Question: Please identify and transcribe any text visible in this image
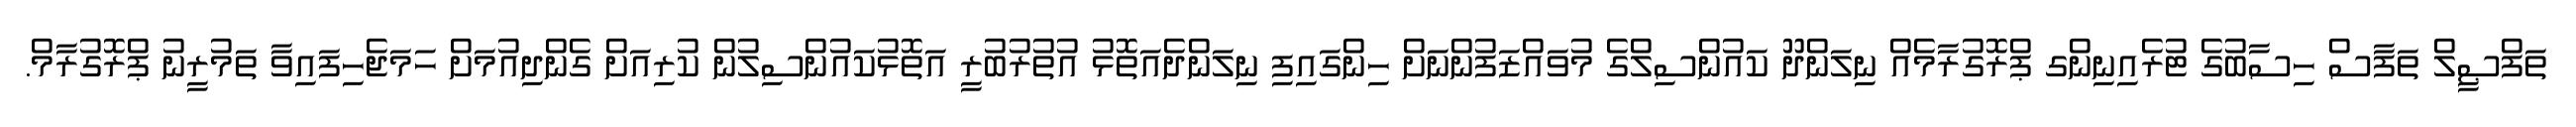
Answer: ތަފްޞީލް ތަފާސް ހިސާބުގެ ޓުރެއިނިންގ ޕްރޮގުރާމެއް ނިލަންދޫ ކައުންސިލްގެ މުވައްޒަފުންނަށް ހިންގައިފި ނިލަންދެއަތޮޅު އުތުރުބުރީ އަތޮޅުކައުންސިލުން ކުރިއަށް ގެންދިއުމަށް ހަމަޖެހިފައިވާ ތަމުރީނު ޕްރޮގުރާމް.